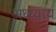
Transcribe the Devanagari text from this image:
अध्य्याय